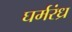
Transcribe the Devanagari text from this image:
घर्मरंध्र